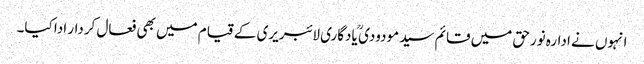
انہوں نے ادارہ نورحق میں قائم سید مودودی ؒ یادگاری لائبریری کے قیام میں بھی فعال کردار ادا کیا۔